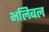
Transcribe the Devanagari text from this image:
भलिबल